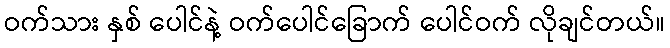
ဝက်သား နှစ် ပေါင်နဲ့ ဝက်ပေါင်ခြောက် ပေါင်ဝက် လိုချင်တယ်။